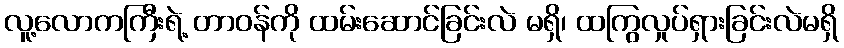
လူ့လောကကြီးရဲ့ တာဝန်ကို ထမ်းဆောင်ခြင်းလဲ မရှိ၊ ထကြွလှုပ်ရှားခြင်းလဲမရှိ